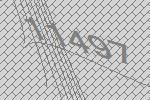
11497